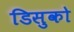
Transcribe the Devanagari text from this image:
डिसुको